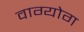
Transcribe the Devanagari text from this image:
वाग्योग